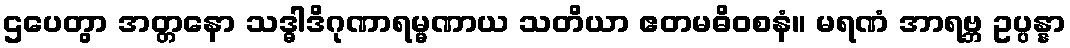
ဌပေတွာ အတ္တနော သဒ္ဓါဒိဂုဏာရမ္မဏာယ သတိယာ ဧတမဓိဝစနံ။ မရဏံ အာရဗ္ဘ ဥပ္ပန္နာ